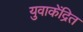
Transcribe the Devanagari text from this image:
युवाकेंद्रित